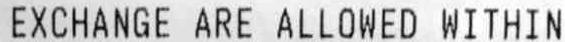
EXCHANGE ARE ALLOWED WITHIN